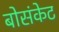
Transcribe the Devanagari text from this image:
बोसंकेट